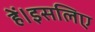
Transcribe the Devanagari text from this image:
हें।इसलिए